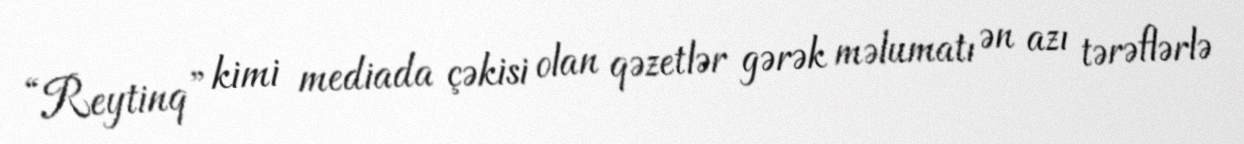
“Reytinq” kimi mediada çəkisi olan qəzetlər gərək məlumatı ən azı tərəflərlə